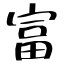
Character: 富